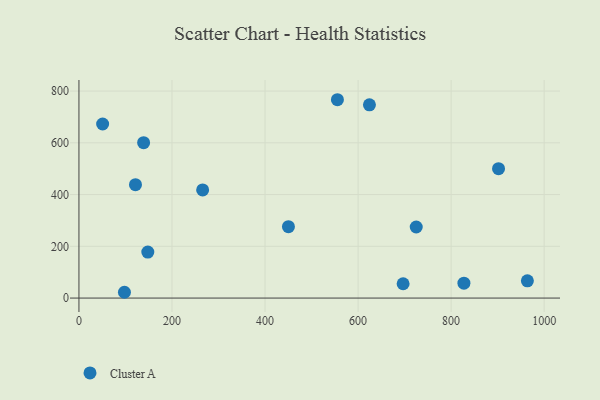
{"axis": {"x": "Experience", "y": "Salary"}, "legend": ["Cluster A"], "data": [{"x": "97.8", "y": 22.4, "type": "Cluster A"}, {"x": "148.0", "y": 177.6, "type": "Cluster A"}, {"x": "696.8", "y": 55.4, "type": "Cluster A"}, {"x": "265.9", "y": 417.9, "type": "Cluster A"}, {"x": "139.0", "y": 600.5, "type": "Cluster A"}, {"x": "827.5", "y": 57.4, "type": "Cluster A"}, {"x": "555.6", "y": 766.5, "type": "Cluster A"}, {"x": "901.9", "y": 499.9, "type": "Cluster A"}, {"x": "963.9", "y": 66.8, "type": "Cluster A"}, {"x": "450.3", "y": 276.0, "type": "Cluster A"}, {"x": "50.9", "y": 672.6, "type": "Cluster A"}, {"x": "725.0", "y": 274.6, "type": "Cluster A"}, {"x": "121.5", "y": 438.4, "type": "Cluster A"}, {"x": "624.4", "y": 746.9, "type": "Cluster A"}]}